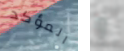
المؤكد و